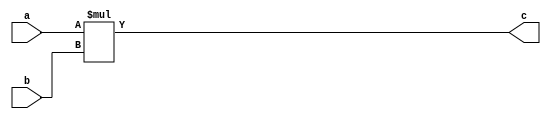
module VerilogMultiplier(
    input  wire signed [31:0] a,
    input  wire signed [31:0] b,
    output wire signed [63:0] c
);
    assign c = a * b;
endmodule